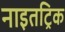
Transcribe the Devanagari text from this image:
नाइतट्रिक